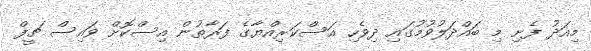
މިއަދު ފެށި މި ބައްދަލުވުމުގައި ދިވެހި އަސްކަރިއްޔާގެ ފަރާތުން އިސްކޮށް ވައިސް ޗީފް